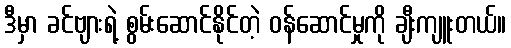
ဒီမှာ ခင်ဗျားရဲ့ စွမ်းဆောင်နိုင်တဲ့ ဝန်ဆောင်မှုကို ချီးကျူးတယ်။